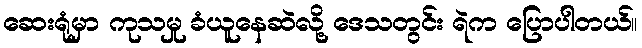
ဆေးရုံမှာ ကုသမှု ခံယူနေဆဲလို့ ဒေသတွင်း ရဲက ပြောပါတယ်။